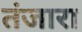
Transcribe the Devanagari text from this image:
तंजारा